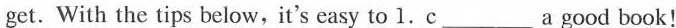
get. With the tips below, it's easy to 1.c___ a good book!